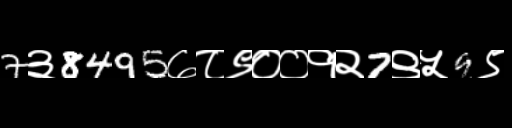
Text: 7३8495७८९००१२7९५9९